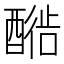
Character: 𬪳